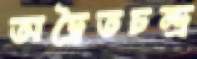
অদ্বৈতচন্দ্র